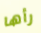
رأها